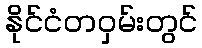
နိုင်ငံတဝှမ်းတွင်